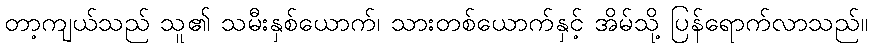
တာ့ကျယ်သည် သူ၏ သမီးနှစ်ယောက်၊ သားတစ်ယောက်နှင့် အိမ်သို့ ပြန်ရောက်လာသည်။